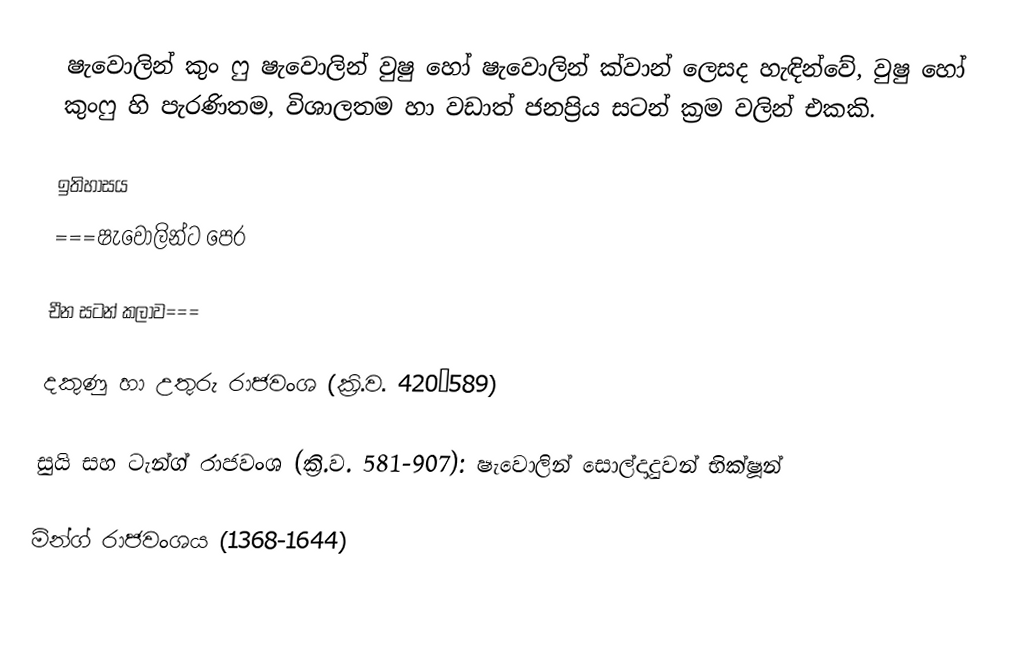
ෂැවොලින් කුං ෆු ෂැවොලින් වුෂු හෝ ෂැවොලින් ක්වාන් ලෙසද හැඳින්වේ, වුෂු හෝ කුංෆු හි පැරණිතම, විශාලතම හා වඩාත් ජනප්‍රිය සටන් ක්‍රම වලින් එකකි.

ඉතිහාසය
===ෂැවොලින්ට පෙර

 චීන සටන් කලාව===

දකුණු හා උතුරු රාජවංශ (ක්‍රි.ව. 420–589)

සුයි සහ ටැන්ග් රාජවංශ (ක්‍රි.ව. 581-907): ෂැවොලින් සොල්දාදුවන් භික්ෂූන්

මින්ග් රාජවංශය (1368-1644)